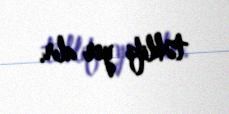
təklifi yer alır.